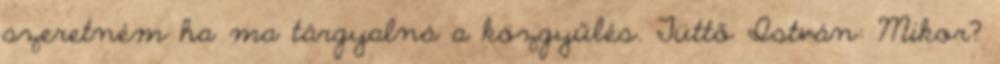
szeretném ha ma tárgyalná a közgyűlés. Tüttő István: Mikor?